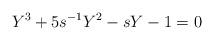
LaTeX: \begin{align*}Y^3+5s^{-1} Y^2-s Y-1=0\end{align*}